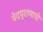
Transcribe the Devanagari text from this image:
वेदपुराणाची